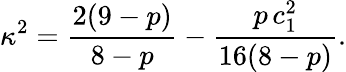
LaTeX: \kappa^{2}=\frac{2(9-p)}{8-p}-\frac{p\, c_{1}^{2}}{16(8-p)}.